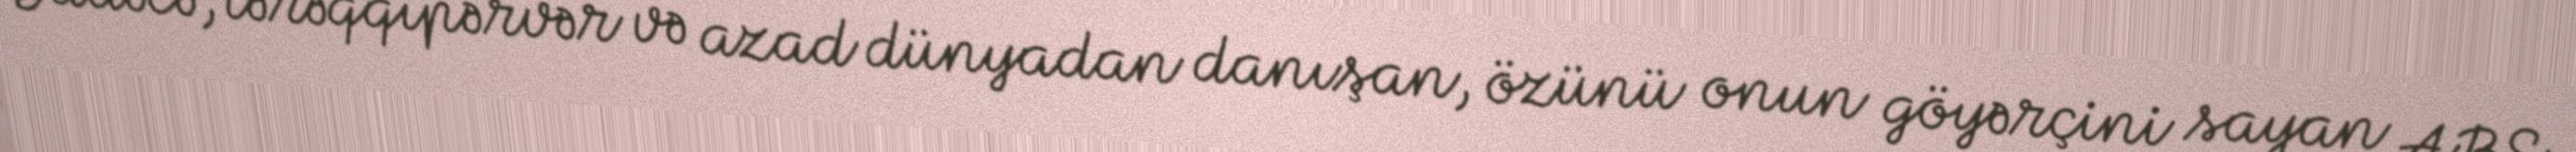
Sadəcə, tərəqqipərvər və azad dünyadan danışan, özünü onun göyərçini sayan ABŞ